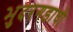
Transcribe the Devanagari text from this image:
भुदरगडाची